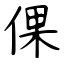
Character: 倮